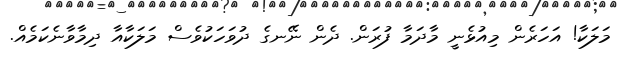
މަލަކާ! އަހަރެން މިއުޅެނީ މާދަމާ ފުރަން. ދެން ނޭނގެ ދުވަހަކުވެސް މަލަކާއާ ދިމާވާނެކަމެއް.